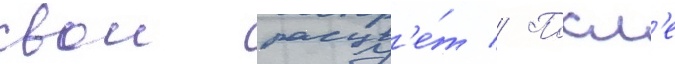
свои расцв'е́т // Посл'е